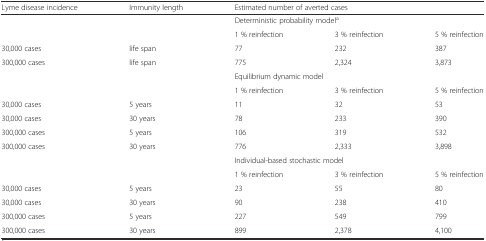
| Lyme disease incidence | Immunity length | <COLSPAN=3> Estimated number of averted cases |
 | --- | --- | --- | --- | --- |
 |  |  | <COLSPAN=3> Deterministic probability modela |
 |  |  | 1 % reinfection | 3 % reinfection | 5 % reinfection |
 | 30,000 cases | life span | 77 | 232 | 387 |
 | 300,000 cases | life span | 775 | 2,324 | 3,873 |
 |  |  | <COLSPAN=3> Equilibrium dynamic model |
 |  |  | 1 % reinfection | 3 % reinfection | 5 % reinfection |
 | 30,000 cases | 5 years | 11 | 32 | 53 |
 | 30,000 cases | 30 years | 78 | 233 | 390 |
 | 300,000 cases | 5 years | 106 | 319 | 532 |
 | 300,000 cases | 30 years | 776 | 2,333 | 3,898 |
 |  |  | <COLSPAN=3> Individual-based stochastic model |
 |  |  | 1 % reinfection | 3 % reinfection | 5 % reinfection |
 | 30,000 cases | 5 years | 23 | 55 | 80 |
 | 30,000 cases | 30 years | 90 | 238 | 410 |
 | 300,000 cases | 5 years | 227 | 549 | 799 |
 | 300,000 cases | 30 years | 899 | 2,378 | 4,100 |